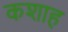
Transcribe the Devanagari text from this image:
कशाह